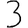
Digit: 3